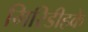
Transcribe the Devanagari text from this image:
गिरिडीहके